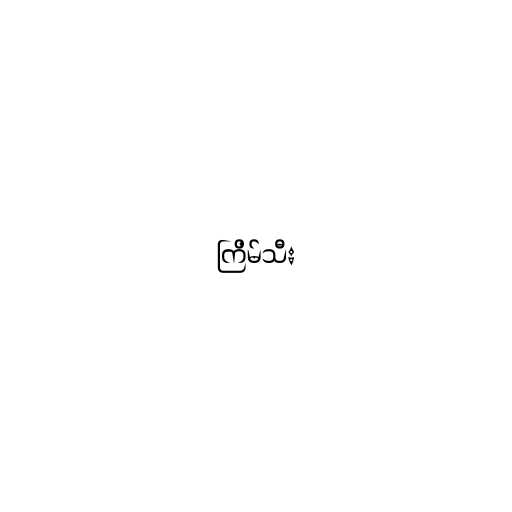
ကြိမ်သီး